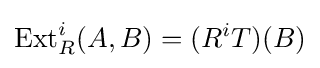
\operatorname {Ext} _{R}^{i}(A,B)=(R^{i}T)(B)